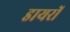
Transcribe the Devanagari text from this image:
डायरों